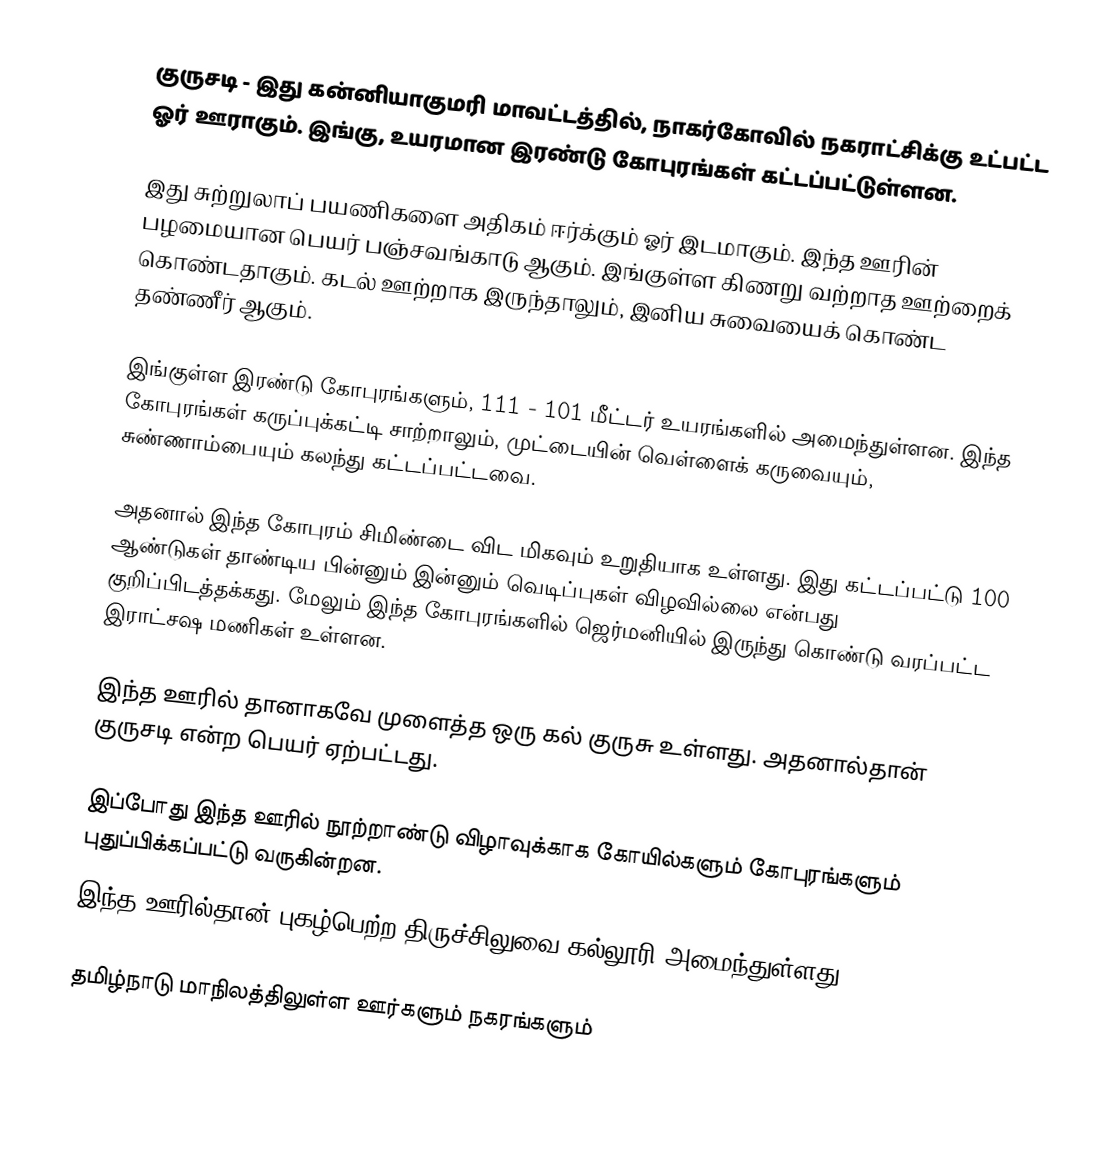
குருசடி - இது கன்னியாகுமரி மாவட்டத்தில், நாகர்கோவில் நகராட்சிக்கு உட்பட்ட ஓர் ஊராகும். இங்கு, உயரமான இரண்டு கோபுரங்கள் கட்டப்பட்டுள்ளன.

இது சுற்றுலாப் பயணிகளை அதிகம் ஈர்க்கும் ஓர் இடமாகும். இந்த ஊரின் பழமையான பெயர் பஞ்சவங்காடு ஆகும். இங்குள்ள கிணறு வற்றாத ஊற்றைக் கொண்டதாகும். கடல் ஊற்றாக இருந்தாலும், இனிய சுவையைக் கொண்ட தண்ணீர் ஆகும்.

இங்குள்ள இரண்டு கோபுரங்களும், 111 - 101 மீட்டர் உயரங்களில் அமைந்துள்ளன. இந்த கோபுரங்கள் கருப்புக்கட்டி சாற்றாலும், முட்டையின் வெள்ளைக் கருவையும், சுண்ணாம்பையும் கலந்து கட்டப்பட்டவை.

அதனால் இந்த கோபுரம் சிமிண்டை விட மிகவும் உறுதியாக உள்ளது. இது கட்டப்பட்டு 100 ஆண்டுகள் தாண்டிய பின்னும் இன்னும் வெடிப்புகள் விழவில்லை என்பது குறிப்பிடத்தக்கது. மேலும் இந்த கோபுரங்களில் ஜெர்மனியில் இருந்து கொண்டு வரப்பட்ட இராட்சஷ மணிகள் உள்ளன.

இந்த ஊரில் தானாகவே முளைத்த ஒரு கல் குருசு உள்ளது. அதனால்தான் குருசடி என்ற பெயர் ஏற்பட்டது.

இப்போது இந்த ஊரில் நூற்றாண்டு விழாவுக்காக கோயில்களும் கோபுரங்களும் புதுப்பிக்கப்பட்டு வருகின்றன.
இந்த ஊரில்தான் புகழ்பெற்ற திருச்சிலுவை கல்லூரி அமைந்துள்ளது.

தமிழ்நாடு மாநிலத்திலுள்ள ஊர்களும் நகரங்களும்